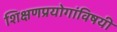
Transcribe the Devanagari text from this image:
शिक्षणप्रयोगांविषयी